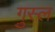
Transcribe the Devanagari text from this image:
गु़स्ल